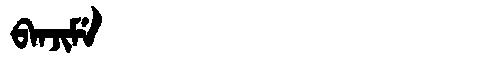
Manchu: ᠪᠠᠨᠵᡳᠮᡝ
Romanization: BANJIME